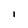
Character: l